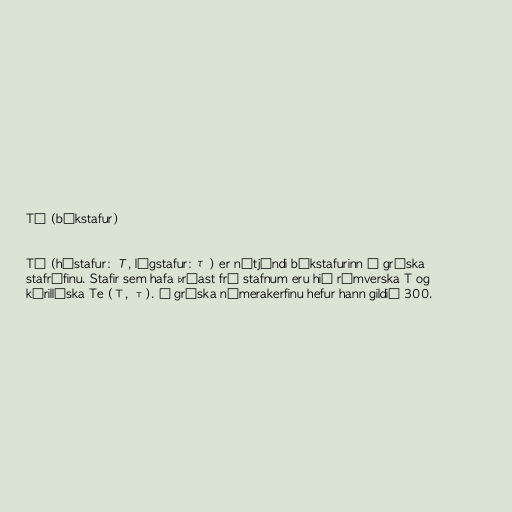
Tá (bókstafur)

Tá (hástafur: Τ, lágstafur: τ) er nítjándi bókstafurinn í gríska
stafrófinu. Stafir sem hafa þróast frá stafnum eru hið rómverska T og
kýrillíska Te (Т, т). Í gríska númerakerfinu hefur hann gildið 300.